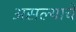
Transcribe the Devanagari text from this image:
असल्याचें